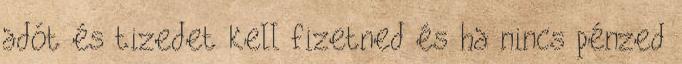
adót és tizedet kell fizetned és ha nincs pénzed